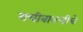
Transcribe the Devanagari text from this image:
गचीबावलीचे